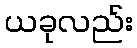
ယခုလည်း